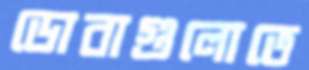
ডোবাগুলোতে